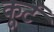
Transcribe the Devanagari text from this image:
कूर्ट